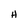
Character: H